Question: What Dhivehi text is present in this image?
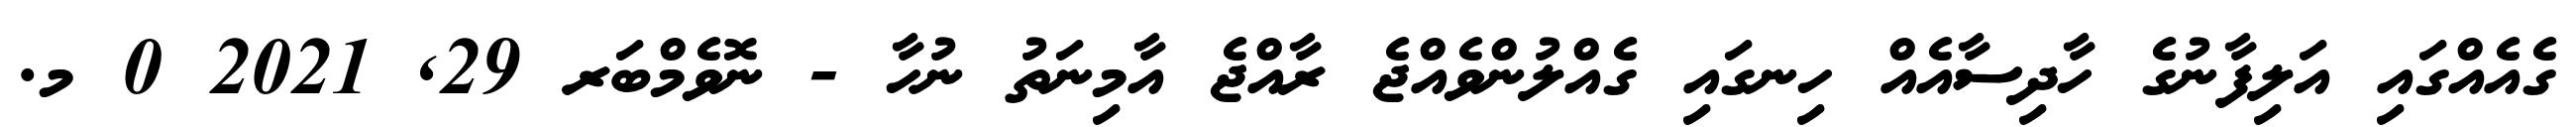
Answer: ގެއެއްގައި އަލިފާނުގެ ހާދިސާއެއް ހިނގައި ގެއްލުންވެއްޖެ ރާއްޖެ އާމިނަތު ނުހާ - ނޮވެމްބަރ 29, 2021 0 މ.